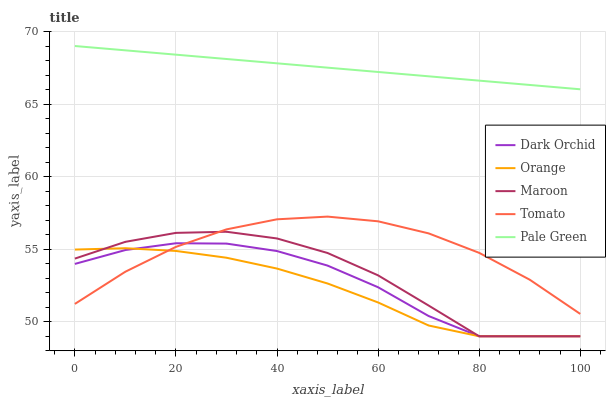
| xaxis_label | Dark Orchid | Orange | Maroon | Tomato | Pale Green |
 | --- | --- | --- | --- | --- | --- |
 | 0 | 54 | 55 | 54.4 | 51.2 | 69 |
 | 10 | 54.9 | 55.1 | 55.5 | 53.4 | 68.7 |
 | 20 | 55.4 | 54.9 | 56.1 | 55.2 | 68.4 |
 | 30 | 55.4 | 54.4 | 56.2 | 56.4 | 68.1 |
 | 40 | 54.9 | 53.7 | 55.7 | 57.1 | 67.8 |
 | 50 | 53.9 | 52.6 | 54.7 | 57.2 | 67.5 |
 | 60 | 52.4 | 51.3 | 53.2 | 56.9 | 67.2 |
 | 70 | 50.4 | 49.7 | 51.1 | 56.1 | 66.9 |
 | 80 | 49 | 49 | 49 | 54.7 | 66.6 |
 | 90 | 49 | 49 | 49 | 52.9 | 66.3 |
 | 100 | 49 | 49 | 49 | 50.5 | 66 |